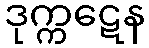
ဒုက္ကဋေန